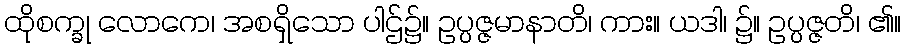
ထိုစက္ခု လောကေ၊ အစရှိသော ပါဌ်၌။ ဥပ္ပဇ္ဇမာနာတိ၊ ကား။ ယဒါ၊ ၌။ ဥပ္ပဇ္ဇတိ၊ ၏။